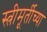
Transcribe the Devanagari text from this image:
स्त्रीमूर्तीच्या